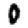
Digit: 0